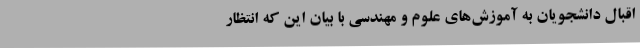
اقبال دانشجویان به آموزش‌های علوم و مهندسی با بیان این که انتظار